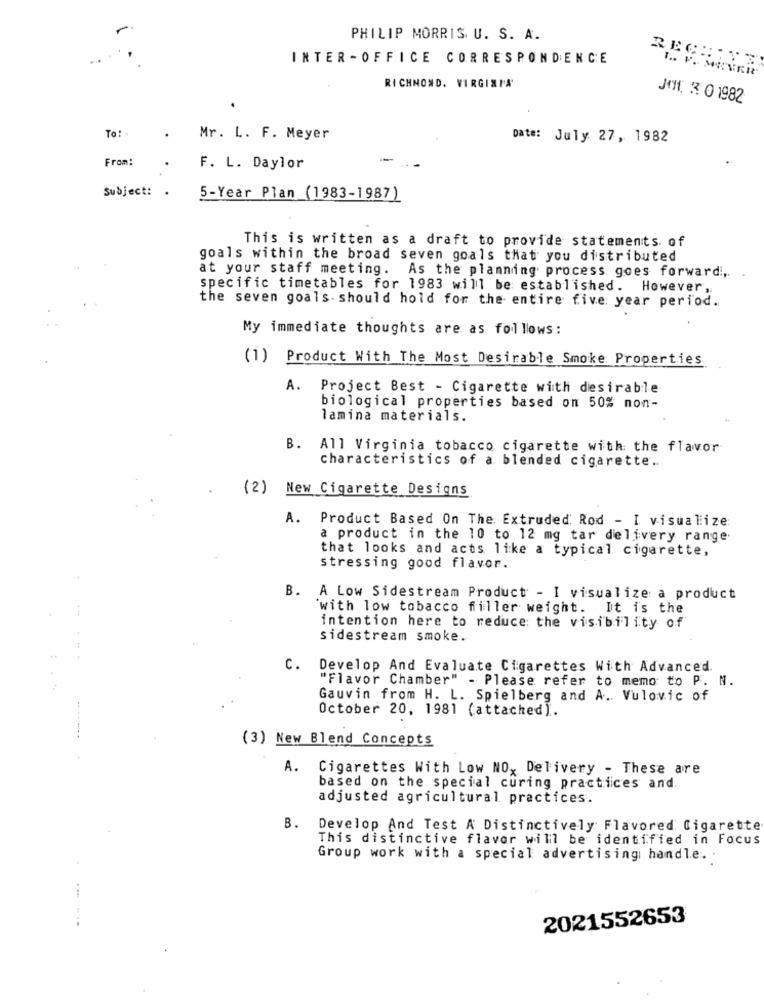
PHILIP MORRIS. U. S. A.
INTER -OFFICE CORRESPONDENCE
RECH : TE
RICHMOND, VIRGINIA
Jeff. 3 0 1982
To ::
Mr. L. F. Meyer
Date: July 27, 1982
From:
-
F. L. Daylor
Subject: .
5-Year Plan (1983-1987)
This is written as a draft to provide statements. of
goals within the broad seven goals that you distributed
at your staff meeting. As the planning process goes forward,
specific timetables for 1983 will be established. However ,
the seven goals. should hold for the entire five year period.
My immediate thoughts are as follows:
(1) Product With The Most Desirable Smoke Properties
A. Project Best - Cigarette with desirable
biological properties based on 50% non-
lamina materials.
B. All Virginia tobacco cigarette with the flavor
characteristics of a blended cigarette ..
(2) New Cigarette Designs
A. Product Based On The: Extruded Rod - I visualize
a product in the 10 to 12 mg tar delivery range
that looks and acts like a typical cigarette,
stressing good flavor.
B. A Low Sidestream Product - I visualize a product
with low tobacco filler weight. It is the
---
intention here to reduce the visibility of
sidestream smoke.
C. Develop And Evaluate Cigarettes With Advanced.
"Flavor Chamber" - Please refer to memo to P. N.
Gauvin from H. L. Spielberg and A. Vulovic of
October 20, 1981 (attached).
(3) New Blend Concepts
A. Cigarettes With Low NO, Delivery - These are
based on the special curing practices and
adjusted agricultural practices.
B. Develop And Test A Distinctively Flavored Cigarette
This distinctive flavor will be identified in Focus
Group work with a special advertising handle. .
...
2021552653